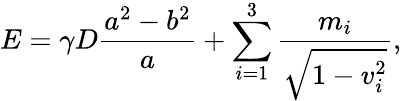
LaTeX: E=\gamma D\frac{a^{2}-b^{2}}a+\sum_{i=1}^{3}\frac{m_{i}}{\sqrt{1-v_{i}^{2}}},